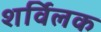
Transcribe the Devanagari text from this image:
शर्विलक